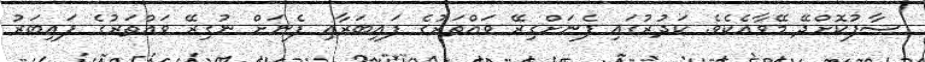
ސާފުކޮށްދޭ މޭވާއެކެވެ. ކަދުރުގައި ފެނަށްގިރޭ ވައްތަރުގެ ފައިބަރާއި ފެނަށް ނުގިރޭ ވައްތަރުގެ ފައިބަރު